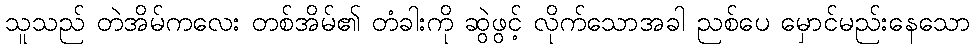
သူသည် တဲအိမ်ကလေး တစ်အိမ်၏ တံခါးကို ဆွဲဖွင့် လိုက်သောအခါ ညစ်ပေ မှောင်မည်းနေသော